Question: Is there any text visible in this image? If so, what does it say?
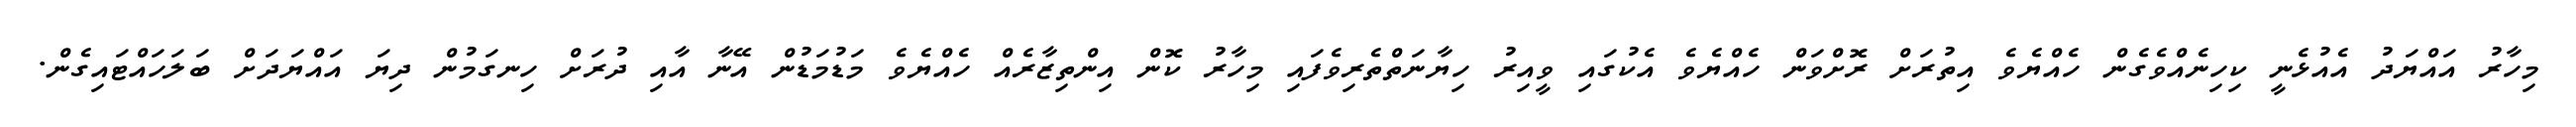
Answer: މިހާރު އައްޔަދު އެއުޅެނީ ކިހިނެއްވެގެން ހެއްޔެވެ އިތުރަށް ރޮށްވަން ހެއްޔެވެ އެކުގައި ވީއިރު ހިޔާނަތްތެރިވެފައި މިހާރު ކޮން އިންތިޒާރެއް ހެއްޔެވެ މަޑުމަޑުން އޭނާ އާއި ދުރަށް ހިނގަމުން ދިޔަ އައްޔަދަށް ބަލަހައްޓައިގެން.